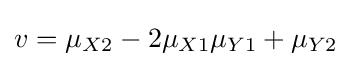
v=\mu _{X2}-2\mu _{X1}\mu _{Y1}+\mu _{Y2}